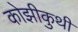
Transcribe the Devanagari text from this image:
कोझीकुथी